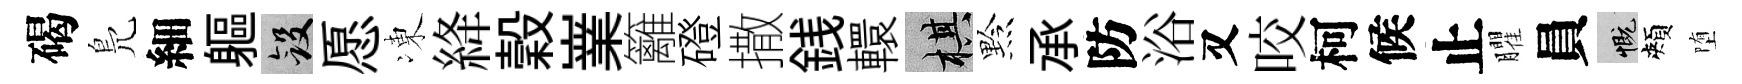
碣鳬細軀斂愿凍絳穀嶪籬磴撒銭轘棋黔承防浴又咬柯候止臞員慨頰堕